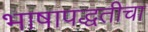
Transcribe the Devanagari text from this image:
भाषापद्धतीचा